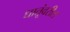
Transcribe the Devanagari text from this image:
धातूंवरील